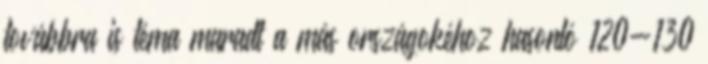
továbbra is téma maradt a más országokéhoz hasonló 120-130